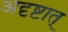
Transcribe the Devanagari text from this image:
अदृष्टात्